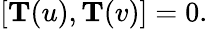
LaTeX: [{\mathbf T}(u),{\mathbf T}(v)]=0.